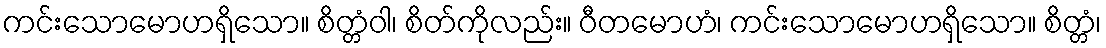
ကင်းသောမောဟရှိသော။ စိတ္တံဝါ၊ စိတ်ကိုလည်း။ ဝီတမောဟံ၊ ကင်းသောမောဟရှိသော။ စိတ္တံ၊